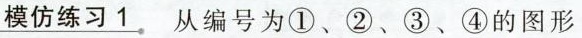
\underline{模仿练习1} 从编号为①、②、③、④的图形